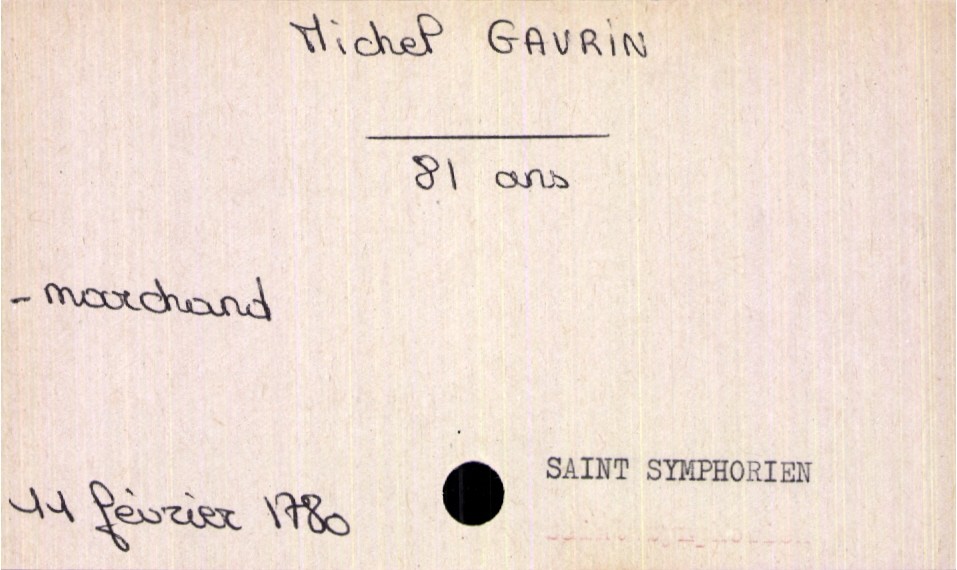
type_acte: Décès
année: 1780
mois: février
jour: 11
paroisse: Saint Symphorien
défunt_nom: Gavrin
défunt_prénom: Michel
défunt_sexe: H
défunt_âge: 81 ans
défunt_profession: marchand